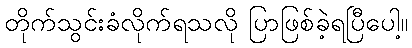
တိုက်သွင်းခံလိုက်ရသလို ပြာဖြစ်ခဲ့ရပြီပေါ့။